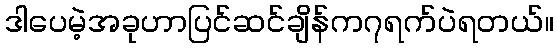
ဒါပေမဲ့အခုဟာပြင်ဆင်ချိန်က၇ရက်ပဲရတယ်။